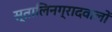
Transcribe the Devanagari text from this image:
स्तालिनग्रादवालों